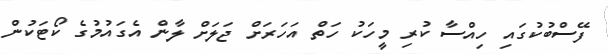
ފޭސްބުކުގައި ހިއްސާ ކުރި މީހަކު ހަތް އަހަރަށް ޖަލަށް ލާން އެގައުމުގެ ކޯޓަކުން